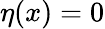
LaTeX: \eta(x)=0